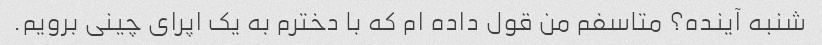
شنبه آینده؟ متاسفم من قول داده ام که با دخترم به یک اپرای چینی برویم.